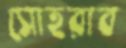
সোহরাব